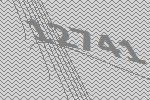
12741